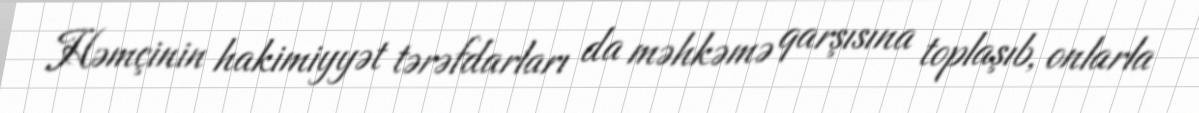
Həmçinin hakimiyyət tərəfdarları da məhkəmə qarşısına toplaşıb, onlarla